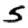
Digit: 5